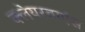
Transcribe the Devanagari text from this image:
क्लेयरवाएंस